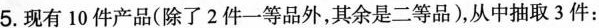
5.现有10件产品(除了2件一等品外，其余是二等品)，从中抽取3件：